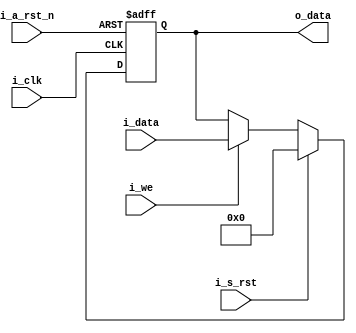
module Pipe_register( i_clk,
                      i_a_rst_n,
                      i_s_rst,
                      i_we,
                      i_data,
                      o_data
                      );

parameter WIDTH = 32;

input   [WIDTH - 1:0]   i_data;
input                   i_clk, i_we, i_a_rst_n, i_s_rst;
output reg  [WIDTH - 1:0]   o_data;
/////////////////////////////////////

always @(posedge i_clk or negedge i_a_rst_n) begin
  if(!i_a_rst_n)  
      o_data <= 0;
  else if(i_s_rst)
      o_data <= 0;
  else if(i_we)
      o_data <= i_data;
end  
 
endmodule